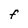
Character: f